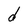
Character: d